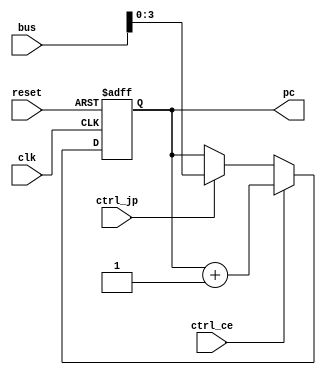
module pc(
	input clk,
	input reset,
	input ctrl_ce,
	input ctrl_jp,
	input [7:0] bus,
	output reg [3:0] pc = 0);
	
always @(posedge clk or posedge reset) begin
	if (reset)
		pc <= 0;
	else if (ctrl_ce)
		pc <= pc + 1;
	else if (ctrl_jp)
		pc <= bus[3:0];
end

endmodule